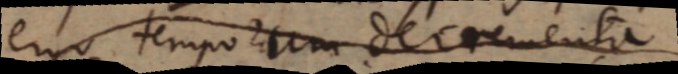
ergo temporum decrementa.